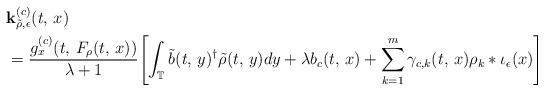
LaTeX: \begin{align*} & \mathbf{k}_{\tilde{\rho},\epsilon}^{(c)}(t,\,x)\\ & =\frac{g_{x}^{(c)}(t,\,F_{\rho}(t,\,x))}{\lambda+1}\Biggl[\int_{\mathbb{T}}\tilde{b}(t,\,y)^{\dagger}\tilde{\rho}(t,\,y)dy+\lambda b_{c}(t,\,x)+\sum_{k=1}^{m}\gamma_{c,k}(t,\,x)\rho_{k}*\iota_{\epsilon}(x)\Biggl]\end{align*}